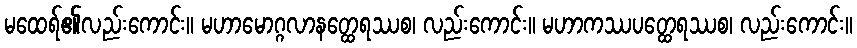
မထေရ်၏လည်းကောင်း။ မဟာမောဂ္ဂလာနတ္ထေရဿစ၊ လည်းကောင်း။ မဟာကဿပတ္ထေရဿစ၊ လည်းကောင်း။